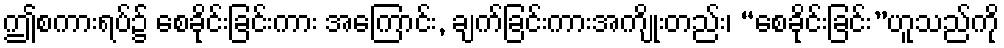
ဤစကားရပ်၌ စေခိုင်းခြင်းကား အကြောင်း, ချက်ခြင်းကားအကျိုးတည်း၊ “စေခိုင်းခြင်း”ဟူသည်ကို